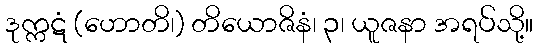
ဒုက္ကဋံ (ဟောတိ၊) တိယောဇိနံ၊ ၃၊ ယူဇနာ အရပ်သို့။